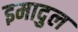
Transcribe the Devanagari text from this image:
इमादुल